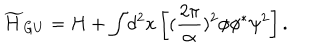
{ \widetilde H } _ { G U } = H + { \displaystyle \int } d ^ { 2 } x \left[ ( \frac { 2 \pi } { \alpha } ) ^ { 2 } \phi \phi ^ { * } \psi ^ { 2 } \right] .